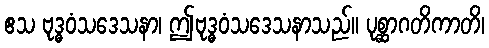
ဧသ ဗုဒ္ဓဝံသဒေသနာ၊ ဤဗုဒ္ဓဝံသဒေသနာသည်။ ပုစ္ဆာဂတိကာတိ၊